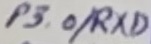
Text: P3.0/RXD